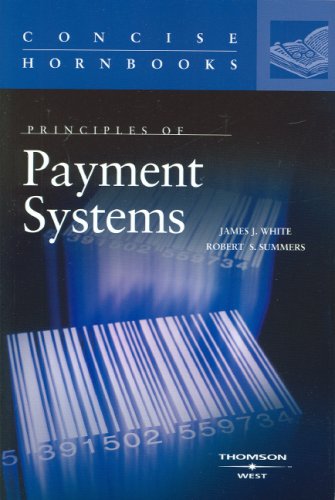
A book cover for Principles of Payment Systems (Concise Hornbook Series); James White; Law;